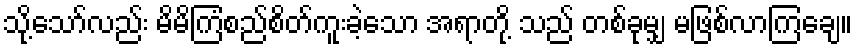
သို့သော်လည်း မိမိကြံစည်စိတ်ကူးခဲ့သော အရာတို့ သည် တစ်ခုမျှ မဖြစ်လာကြချေ။